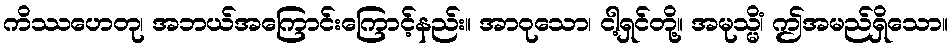
ကိဿဟေတု၊ အဘယ်အကြောင်းကြောင့်နည်း။ အာဝုသော၊ ငါ့ရှင်တို့။ အမုသ္မိံ၊ ဤအမည်ရှိသော။